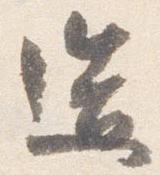
造